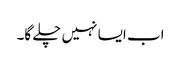
اب ایسا نہیں چلے گا۔